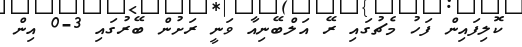
ކޮލިފައިން ފަހު މެޗުގައި ރޭ އަލްބޭނިއާ ވަނީ ރަށުން ބޭރުގައި 3-0 އިން